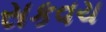
સકવચ